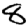
Digit: 8